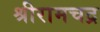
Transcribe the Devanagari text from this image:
श्रीरामचद्र